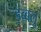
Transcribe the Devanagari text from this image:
ड्ब्बलु